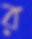
র